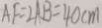
A F = 2 A B = 4 0 c m